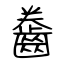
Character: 齤